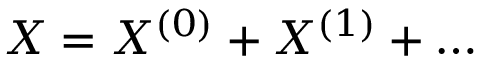
X = X ^ { ( 0 ) } + X ^ { ( 1 ) } + \ldots